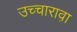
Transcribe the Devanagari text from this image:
उच्चारावा़